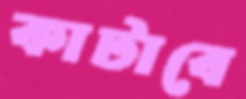
কাটাবে